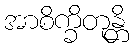
အာစိက္ခိတုန္တိ